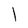
Character: l